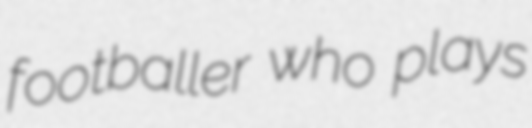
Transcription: footballer who plays